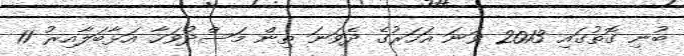
ބުނި ގޮތުގައި 2013 ވަނަ އަހަރުގެ ދެވަނަ ތިން މަސްދުވަހާ އަޅާބަލާއިރު 11